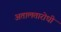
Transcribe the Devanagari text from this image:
अतालतारोधी